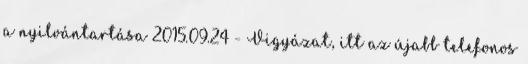
a nyilvántartása 2015.09.24 - Vigyázat, itt az újabb telefonos